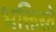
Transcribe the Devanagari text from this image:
भक्तिस्ते